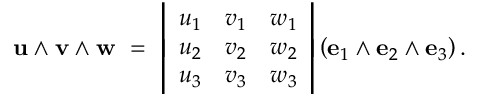
\mathbf { u } \wedge \mathbf { v } \wedge \mathbf { w } \ = \ { \left| \begin{array} { l l l } { u _ { 1 } } & { v _ { 1 } } & { w _ { 1 } } \\ { u _ { 2 } } & { v _ { 2 } } & { w _ { 2 } } \\ { u _ { 3 } } & { v _ { 3 } } & { w _ { 3 } } \end{array} \right| } \left( \mathbf { e } _ { 1 } \wedge \mathbf { e } _ { 2 } \wedge \mathbf { e } _ { 3 } \right) .